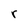
Character: r